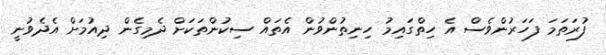
ފުރަތަމަ ފަހަރުންވެސް އެ ހިތްގައިމު ހިނިތުންވުން އެތައް ސިކުންތަކަށް ދެމިގެން ދިއުމަށް އެދެވުނީ